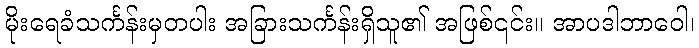
မိုးရေခံသင်္ကန်းမှတပါး အခြားသင်္ကန်းရှိသူ၏ အဖြစ်၎င်း။ အာပဒါဘာဝေါ၊